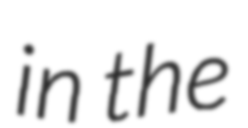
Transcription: in the